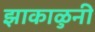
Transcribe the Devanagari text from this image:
झाकाळुनी